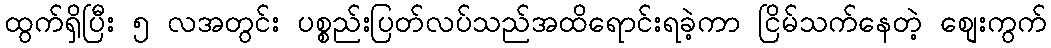
ထွက်ရှိပြီး ၅ လအတွင်း ပစ္စည်းပြတ်လပ်သည်အထိရောင်းရခဲ့ကာ ငြိမ်သက်နေတဲ့ စျေးကွက်